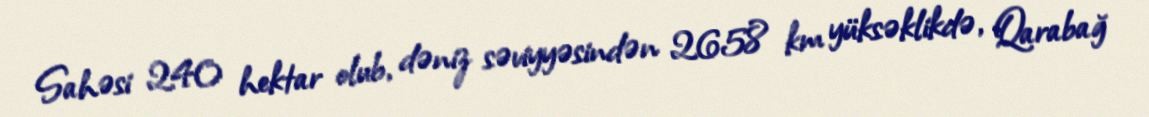
Sahəsi 240 hektar olub, dəniz səviyyəsindən 2658 km yüksəklikdə, Qarabağ